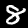
Digit: 8